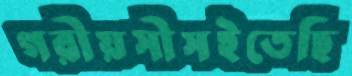
গরীয়সীসইতেছি